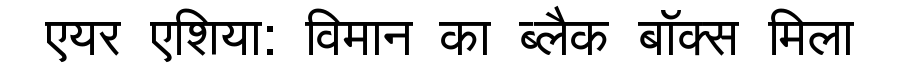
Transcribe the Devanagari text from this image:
एयर एशिया: विमान का ब्लैक बॉक्स मिला